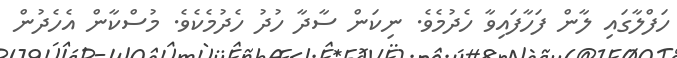
ހަފްލާގައި ލާން ފަހާފައިވާ ހެދުމެވެ. ނިކަން ސާދާ ހުދު ހެދުމެކެވެ. މުސްކާން އެހެދުން